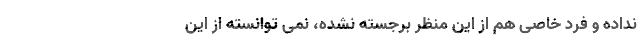
نداده و فرد خاصّی هم از این منظر برجسته نشده، نمی توانسته از این